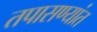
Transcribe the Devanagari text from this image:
तपासण्यांत